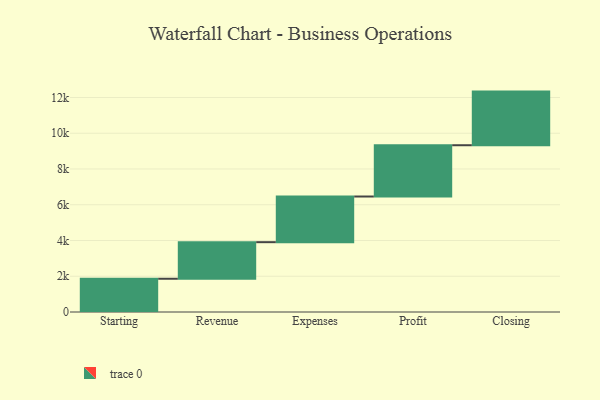
{"axis": {"x": "Step", "y": "Value"}, "legend": [""], "data": [{"x": "Starting", "y": 1860.0, "type": ""}, {"x": "Revenue", "y": 2046.0, "type": ""}, {"x": "Expenses", "y": 2554.0, "type": ""}, {"x": "Profit", "y": 2868.0, "type": ""}, {"x": "Closing", "y": 3000, "type": ""}]}